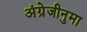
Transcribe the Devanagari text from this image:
अंग्रेजीनुमा